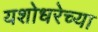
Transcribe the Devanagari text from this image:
यशोधरेच्या